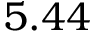
5 . 4 4